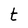
Character: t